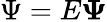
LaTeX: \Psi=E\boldsymbol{\Psi}